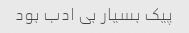
پیک بسیار بى ادب بود